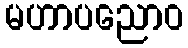
မဟာပညောဝ